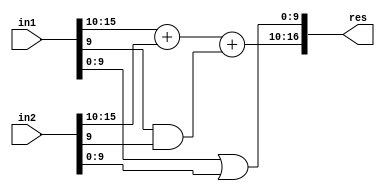
`timescale 1ns / 1ps
//////////////////////////////////////////////////////////////////////////////////
// Company:
// Engineer:
//
// Create Date:
// Design Name:
// Module Name:    ACA_I_N16_Q4
// Project Name:
// Target Devices:
// Tool versions:
// Description:
//
// Dependencies:
//
// Revision:
// Revision 0.01 - File Created
// Additional Comments:
//
//////////////////////////////////////////////////////////////////////////////////
module LOA #(parameter LPL=10, parameter W=16)(
    input wire [W - 1:0] in1,
    input wire [W - 1:0] in2,
    output wire [W:0] res
    );

wire [LPL-1:0] in1LowerPart;
wire [LPL-1:0] in2LowerPart;
wire [W-LPL-1:0] in1UpperPart;
wire [W-LPL-1:0] in2UpperPart;
wire [W-LPL:0] midRes;
wire [LPL-1:0] ORLowerPart;
wire ANDN;

//assign  in1LowerPart= in1[LPL-1:0];
//assign  in2LowerPart= in2[LPL-1:0];
//assign  in1UpperPart= in1[W-LPL-1:LPL];
//assign  in2UpperPart= in2[W-LPL-1:LPL];
assign ORLowerPart = ((in1[LPL-1:0]) |( in2[LPL-1:0]));
and and_1(ANDN,in1[LPL-1],in2[LPL-1]);
assign  midRes= in1[W-1:LPL] + in2[W-1:LPL] + ANDN;
assign res = {midRes, ORLowerPart};

endmodule